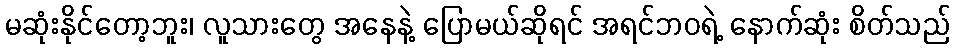
မဆုံးနိုင်တော့ဘူး၊ လူသားတွေ အနေနဲ့ ပြောမယ်ဆိုရင် အရင်ဘဝရဲ့ နောက်ဆုံး စိတ်သည်